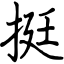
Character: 挺